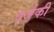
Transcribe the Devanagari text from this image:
दर्जकी